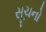
સૂચનો